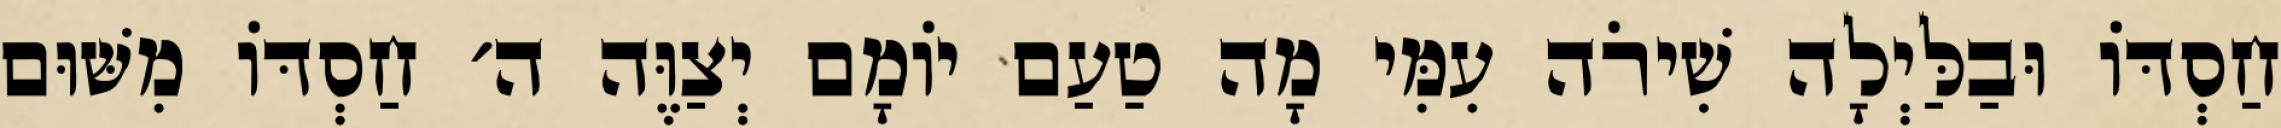
חַסְדּוֹ וּבַלַּיְלָה שִׁירֹה עִמִּי מָה טַעַם יוֹמָם יְצַוֶּה ה׳ חַסְדּוֹ מִשּׁוּם